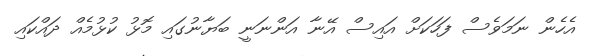
އެހެން ނަމަވެސް ފަހަކަށް އައިސް އޭނާ އަންނަނީ ބަޔާނުގައި މޮޅު ކުޅުމެއް ދައްކައި